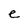
Character: e